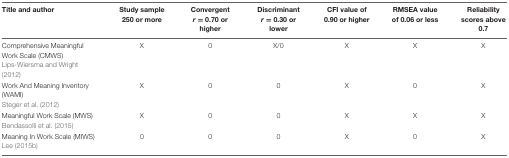
<table><thead><tr><td><b>Title and author</b></td><td><b>Study sample 250 or more</b></td><td><b>Convergent <i>r</i> = 0.70 or higher</b></td><td><b>Discriminant <i>r</i> = 0.30 or lower</b></td><td><b>CFI value of 0.90 or higher</b></td><td><b>RMSEA value of 0.06 or less</b></td><td><b>Reliability scores above 0.7</b></td></tr></thead><tbody><tr><td>Comprehensive Meaningful Work Scale (CMWS) Lips-Wiersma and Wright (2012)</td><td>X</td><td>0</td><td>X/0</td><td>X</td><td>X</td><td>X</td></tr><tr><td>Work And Meaning Inventory (WAMI) Steger et al. (2012)</td><td>X</td><td>0</td><td>0</td><td>X</td><td>0</td><td>X</td></tr><tr><td>Meaningful Work Scale (MWS) Bendassolli et al. (2015)</td><td>X</td><td>0</td><td>0</td><td>X</td><td>X</td><td>X</td></tr><tr><td>Meaning In Work Scale (MIWS) Lee (2015b)</td><td>0</td><td>0</td><td>0</td><td>X</td><td>0</td><td>X</td></tr></tbody></table>